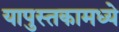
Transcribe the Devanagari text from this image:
यापुस्तकामध्ये